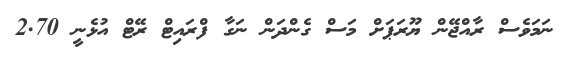
ނަމަވެސް ރާއްޖޭން ޔޫރަޕަށް މަސް ގެންދަން ނަގާ ފްރައިޓް ރޭޓް އުޅެނީ 2.70